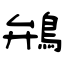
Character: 鴘